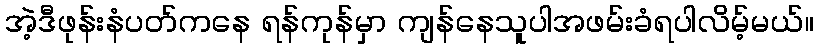
အဲ့ဒီဖုန်းနံပတ်ကနေ ရန်ကုန်မှာ ကျန်နေသူပါအဖမ်းခံရပါလိမ့်မယ်။